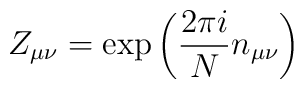
Z_{\mu\nu}=\exp\left(\frac{2\pi i}{N}n_{\mu\nu}\right)